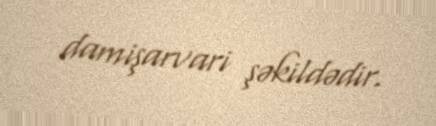
damişarvari şəkildədir.